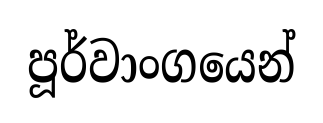
පූර්වාංගයෙන්